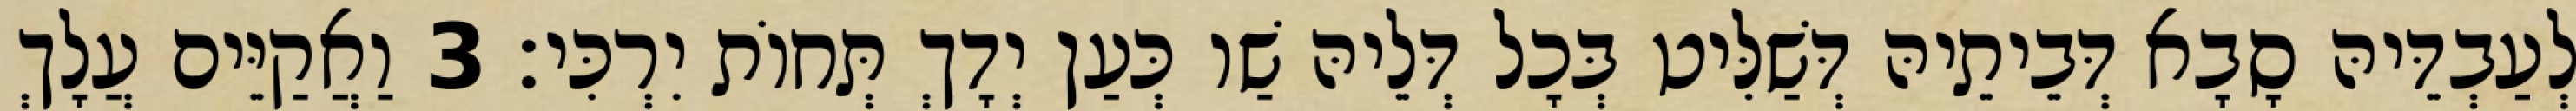
לְעַבְדֵּיהּ סָבָא דְּבֵיתֵיהּ דְּשַׁלִּיט בְּכָל דְּלֵיהּ שַׁו כְּעַן יְדָךְ תְּחוֹת יִרְכִּי׃ 3 וַאֲקַיֵּים עֲלָךְ